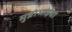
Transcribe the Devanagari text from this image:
मुन्नाभाईचा